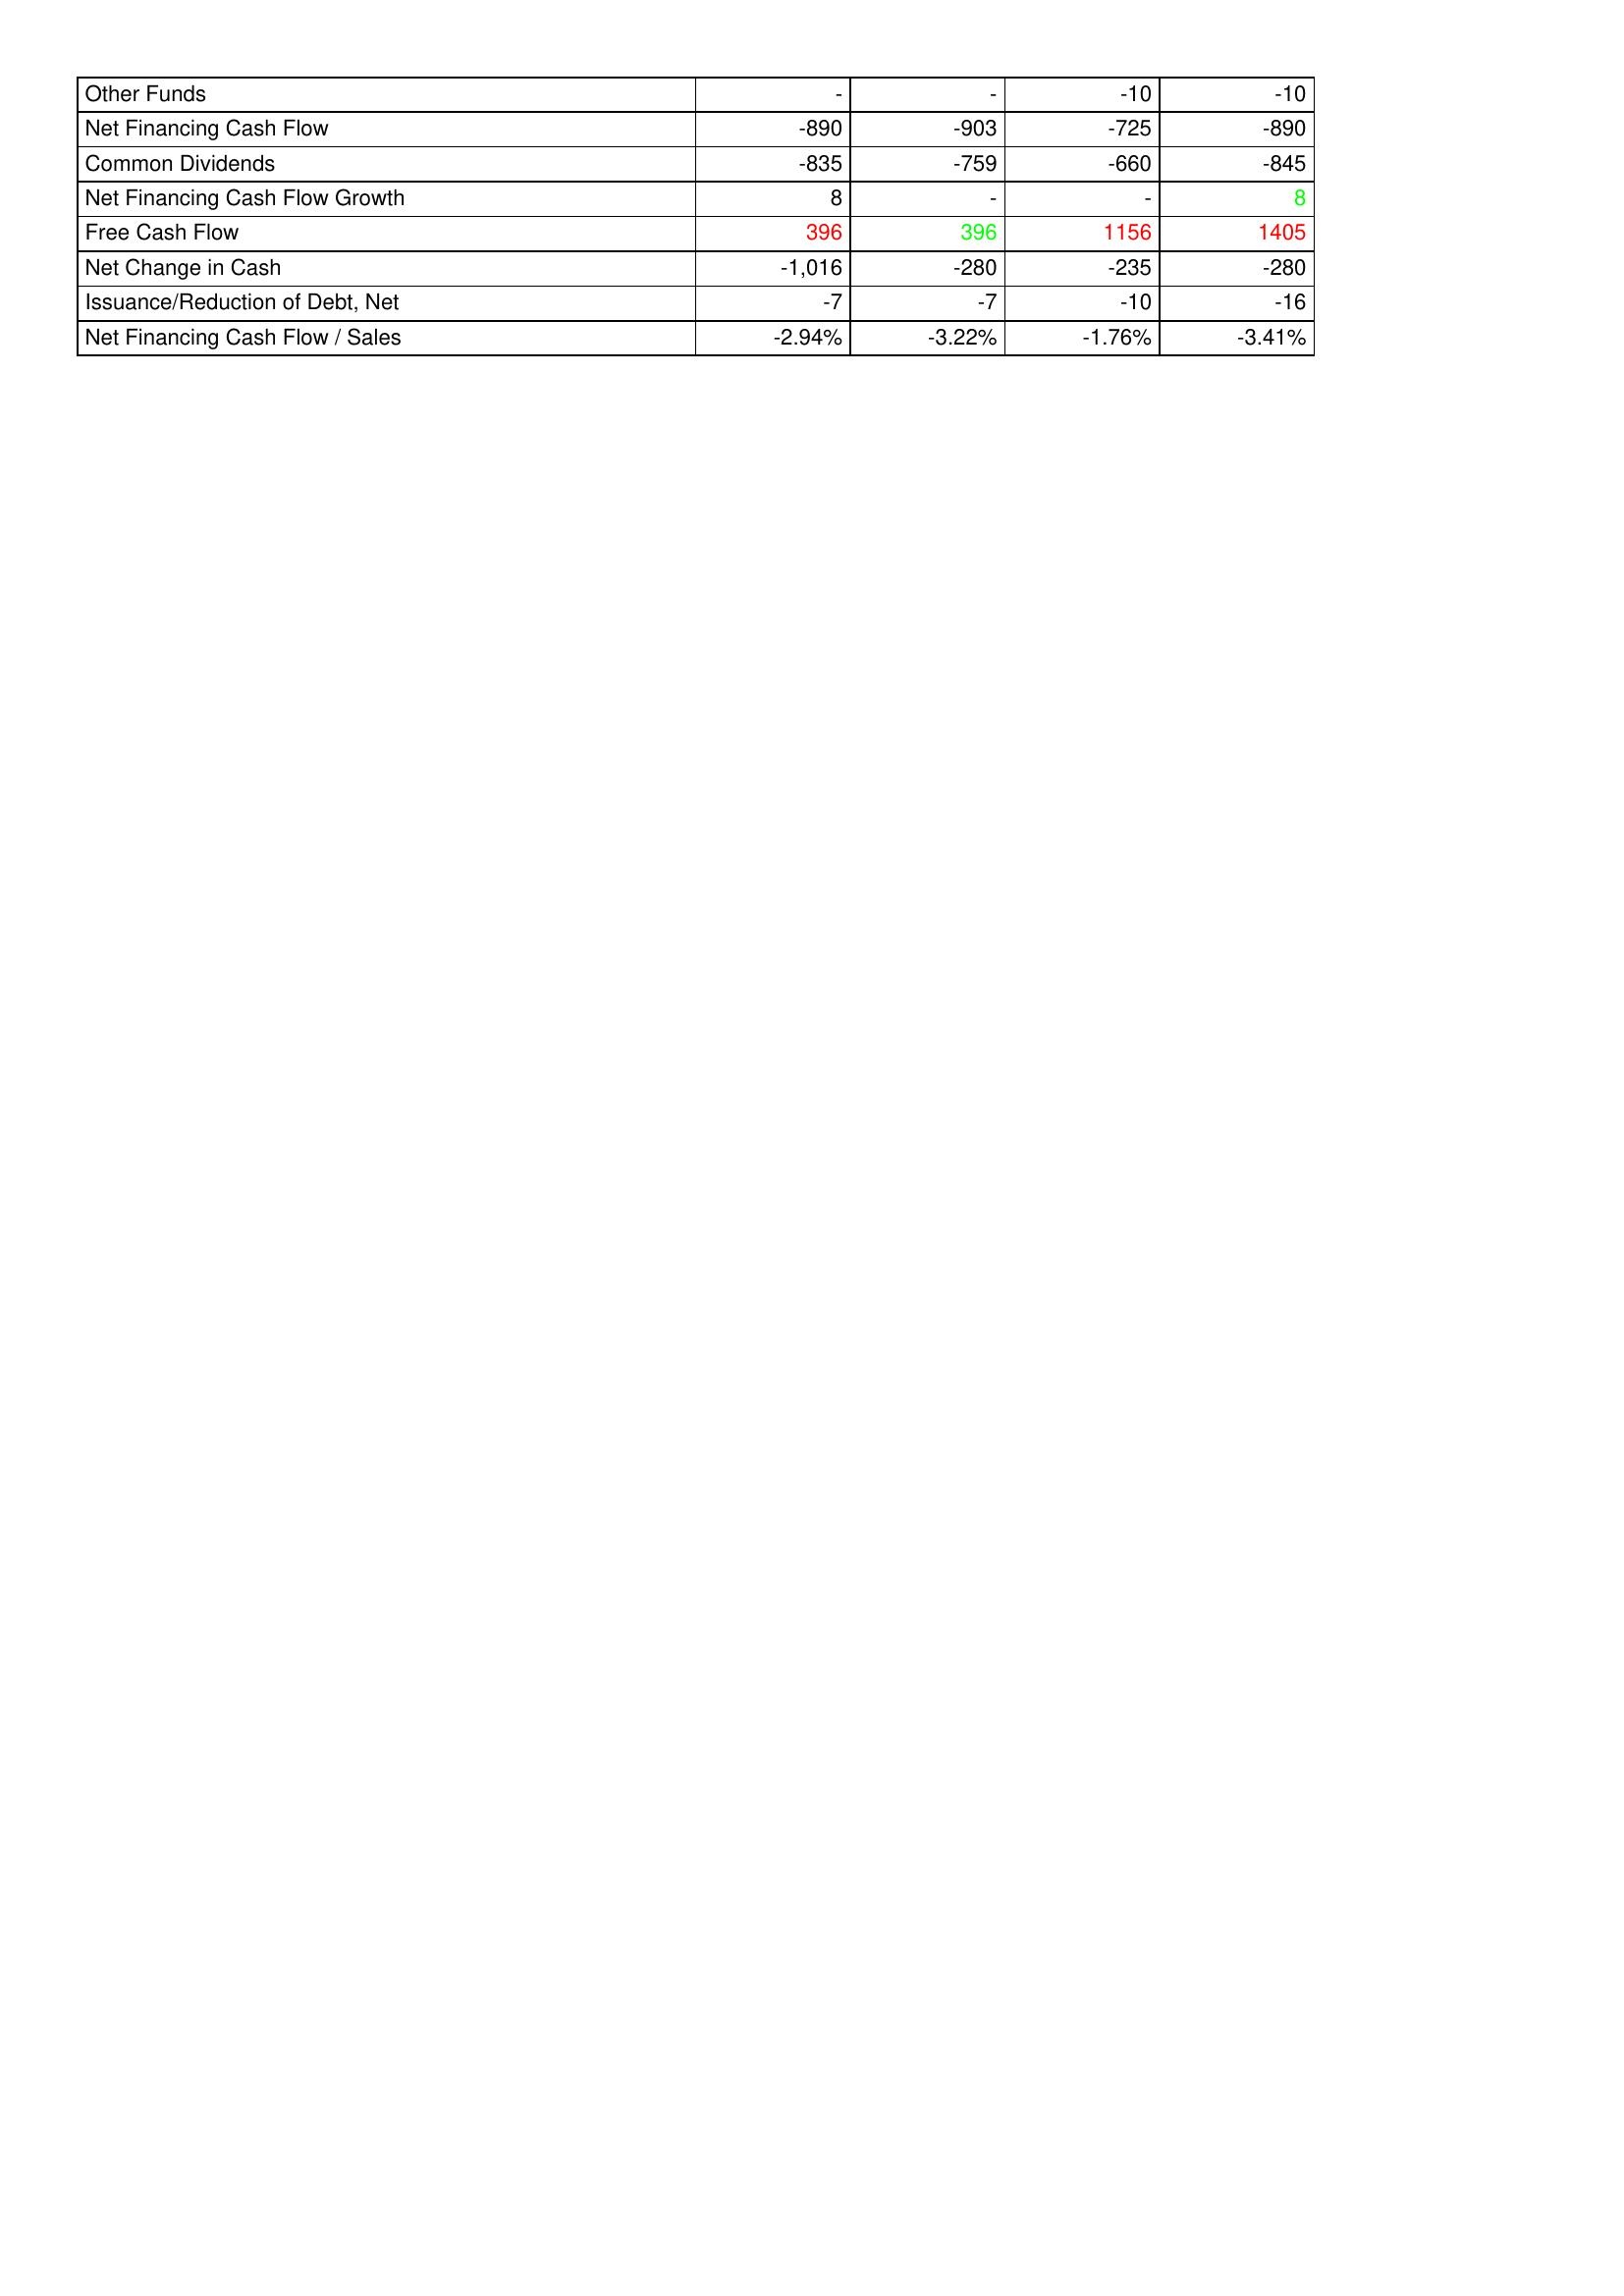
gt_parse: 2013: Financing Activities: Other Funds: -
Net Financing Cash Flow: -890
Common Dividends: -835
Net Financing Cash Flow Growth: 8
Free Cash Flow: 396
Net Change in Cash: -1,016
Issuance/Reduction of Debt, Net: -7
Net Financing Cash Flow / Sales: -2.94%
2014: Financing Activities: Other Funds: -
Net Financing Cash Flow: -903
Common Dividends: -759
Net Financing Cash Flow Growth: -
Free Cash Flow: 396
Net Change in Cash: -280
Issuance/Reduction of Debt, Net: -7
Net Financing Cash Flow / Sales: -3.22%
2015: Financing Activities: Other Funds: -10
Net Financing Cash Flow: -725
Common Dividends: -660
Net Financing Cash Flow Growth: -
Free Cash Flow: 1156
Net Change in Cash: -235
Issuance/Reduction of Debt, Net: -10
Net Financing Cash Flow / Sales: -1.76%
2016: Financing Activities: Other Funds: -10
Net Financing Cash Flow: -890
Common Dividends: -845
Net Financing Cash Flow Growth: 8
Free Cash Flow: 1405
Net Change in Cash: -280
Issuance/Reduction of Debt, Net: -16
Net Financing Cash Flow / Sales: -3.41%